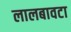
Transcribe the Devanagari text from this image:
लालबावटा